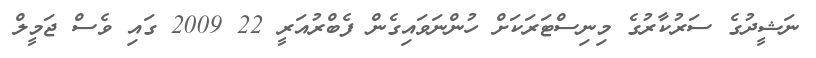
ނަޝީދުގެ ސަރުކާރުގެ މިނިސްޓަރަކަށް ހުންނަވައިގެން ފެބްރުއަރީ 22 2009 ގައި ވެސް ޖަމީލް